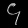
Digit: ၄